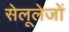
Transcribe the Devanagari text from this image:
सेलूलेजों